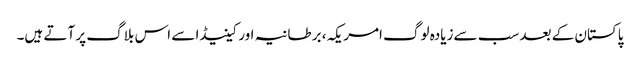
پاکستان کے بعد سب سےزیادہ لوگ امریکہ، برطانیہ اور کینیڈا سے اس بلاگ پر آتے ہیں۔